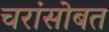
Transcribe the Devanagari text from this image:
चरांसोबत